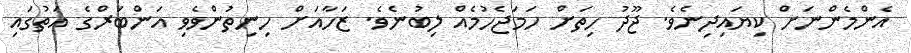
އެންމެންނަށް ކިޔައިދިނެވެ. ޖޫދު ހިތަށް ހަމަޖެހުމެއް ލިބުނެވެ. ޒަހާއަށް ހިނިތުންވެވި އަންބަރްގެ އަތުގައި